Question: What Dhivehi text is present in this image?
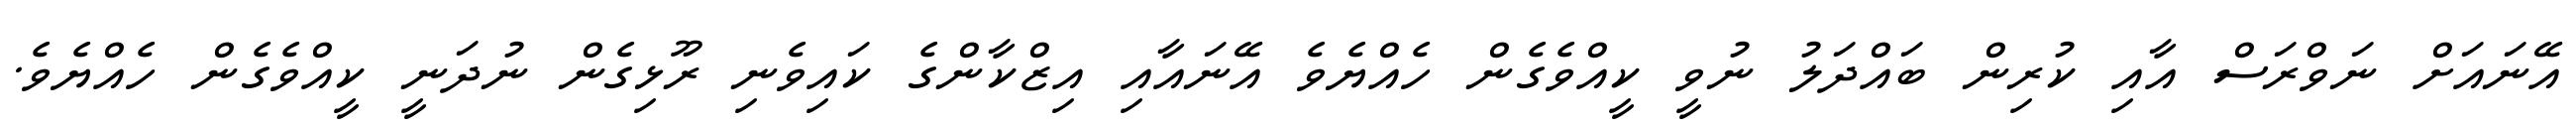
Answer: އޭނައަށް ނަވްރަސް އާއި ކުރިން ބައްދަލު ނުވީ ކީއްވެގެން ހެއްޔެވެ އޭނައާއި އިޒްކާންގެ ކައިވެނި ރޫޅިގެން ނުދަނީ ކީއްވެގެން ހެއްޔެވެ.